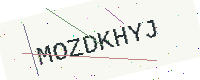
Text: MOZDKHYJ